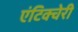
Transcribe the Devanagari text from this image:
एंटिक्चेरी